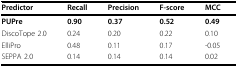
<table><thead><tr><td><b>Predictor</b></td><td><b>Recall</b></td><td><b>Precision</b></td><td><b>F-score</b></td><td><b>MCC</b></td></tr></thead><tbody><tr><td><b>PUPre</b></td><td><b>0.90</b></td><td><b>0.37</b></td><td><b>0.52</b></td><td><b>0.49</b></td></tr><tr><td>DiscoTope 2.0</td><td>0.24</td><td>0.20</td><td>0.22</td><td>0.10</td></tr><tr><td>ElliPro</td><td>0.48</td><td>0.11</td><td>0.17</td><td>-0.05</td></tr><tr><td>SEPPA 2.0</td><td>0.14</td><td>0.14</td><td>0.14</td><td>0.02</td></tr></tbody></table>